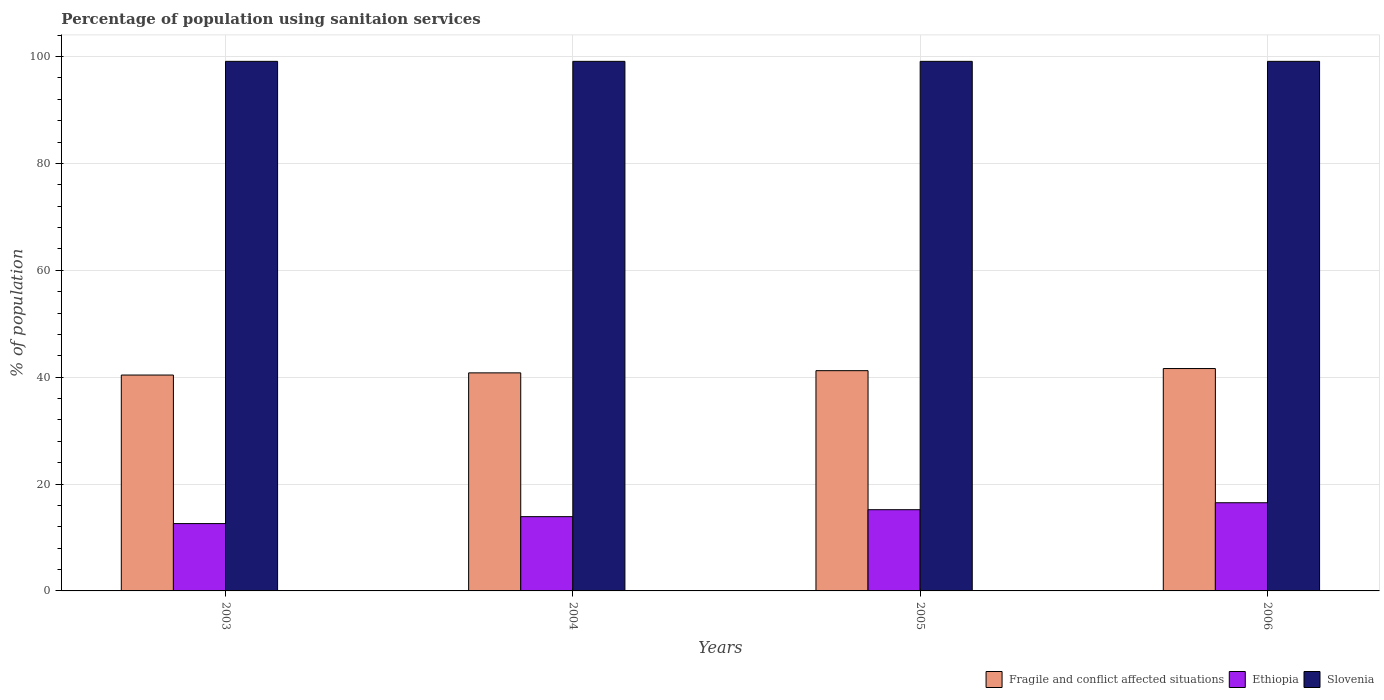
| Years | Fragile and conflict affected situations | Ethiopia | Slovenia |
 | --- | --- | --- | --- |
 | 2003 | 40.4 | 12.6 | 99.1 |
 | 2004 | 40.8 | 13.9 | 99.1 |
 | 2005 | 41.2 | 15.2 | 99.1 |
 | 2006 | 41.6 | 16.5 | 99.1 |